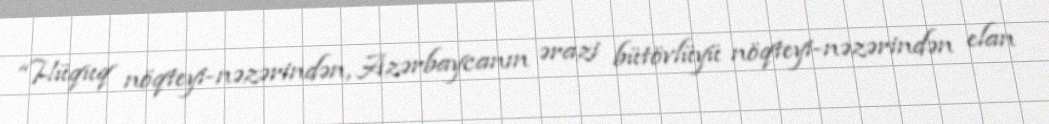
“Hüquq nöqteyi-nəzərindən, Azərbaycanın ərazi bütövlüyü nöqteyi-nəzərindən elan